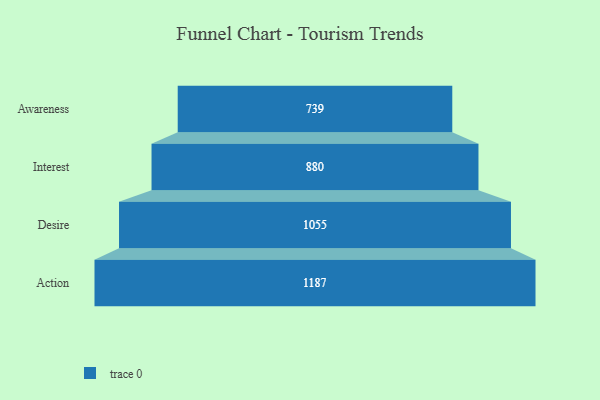
{"axis": {"x": "Stage", "y": "Value"}, "legend": [""], "data": [{"x": "Awareness", "y": 739.0, "type": ""}, {"x": "Interest", "y": 880.0, "type": ""}, {"x": "Desire", "y": 1055.0, "type": ""}, {"x": "Action", "y": 1187.0, "type": ""}]}